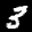
Label: 3